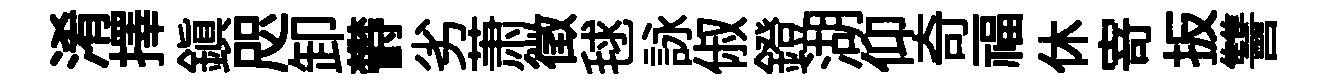
淆擇鎮咫卸欎劣萧徵毬詠俶鐙湖仰奇福休𭔃扳讐